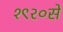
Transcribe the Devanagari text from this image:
१९२०से